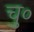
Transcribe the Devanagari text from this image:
चु०